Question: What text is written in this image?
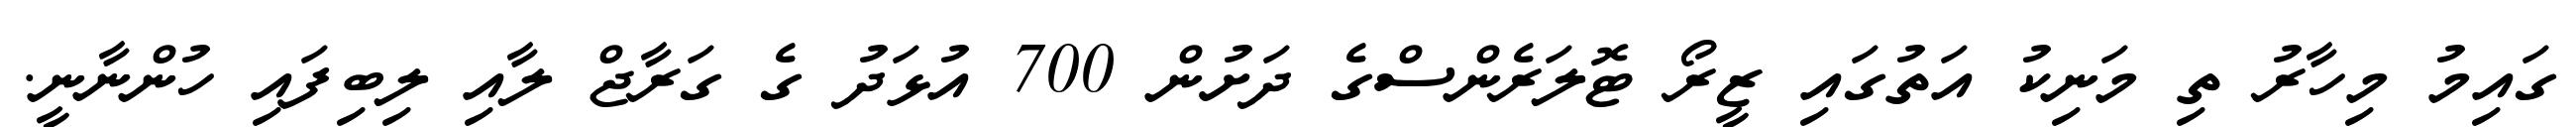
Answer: ގައިމު މިހާރު ތި މަނިކު އަތުގައި ޒީރޯ ޓޮލަރެންސްގެ ދަށުން 700 އުޅަދު ގެ ގަރާޖް ލާއި ލިބިފައި ހުންނާނީ.